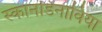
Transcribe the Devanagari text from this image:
स्कानडिनाविया